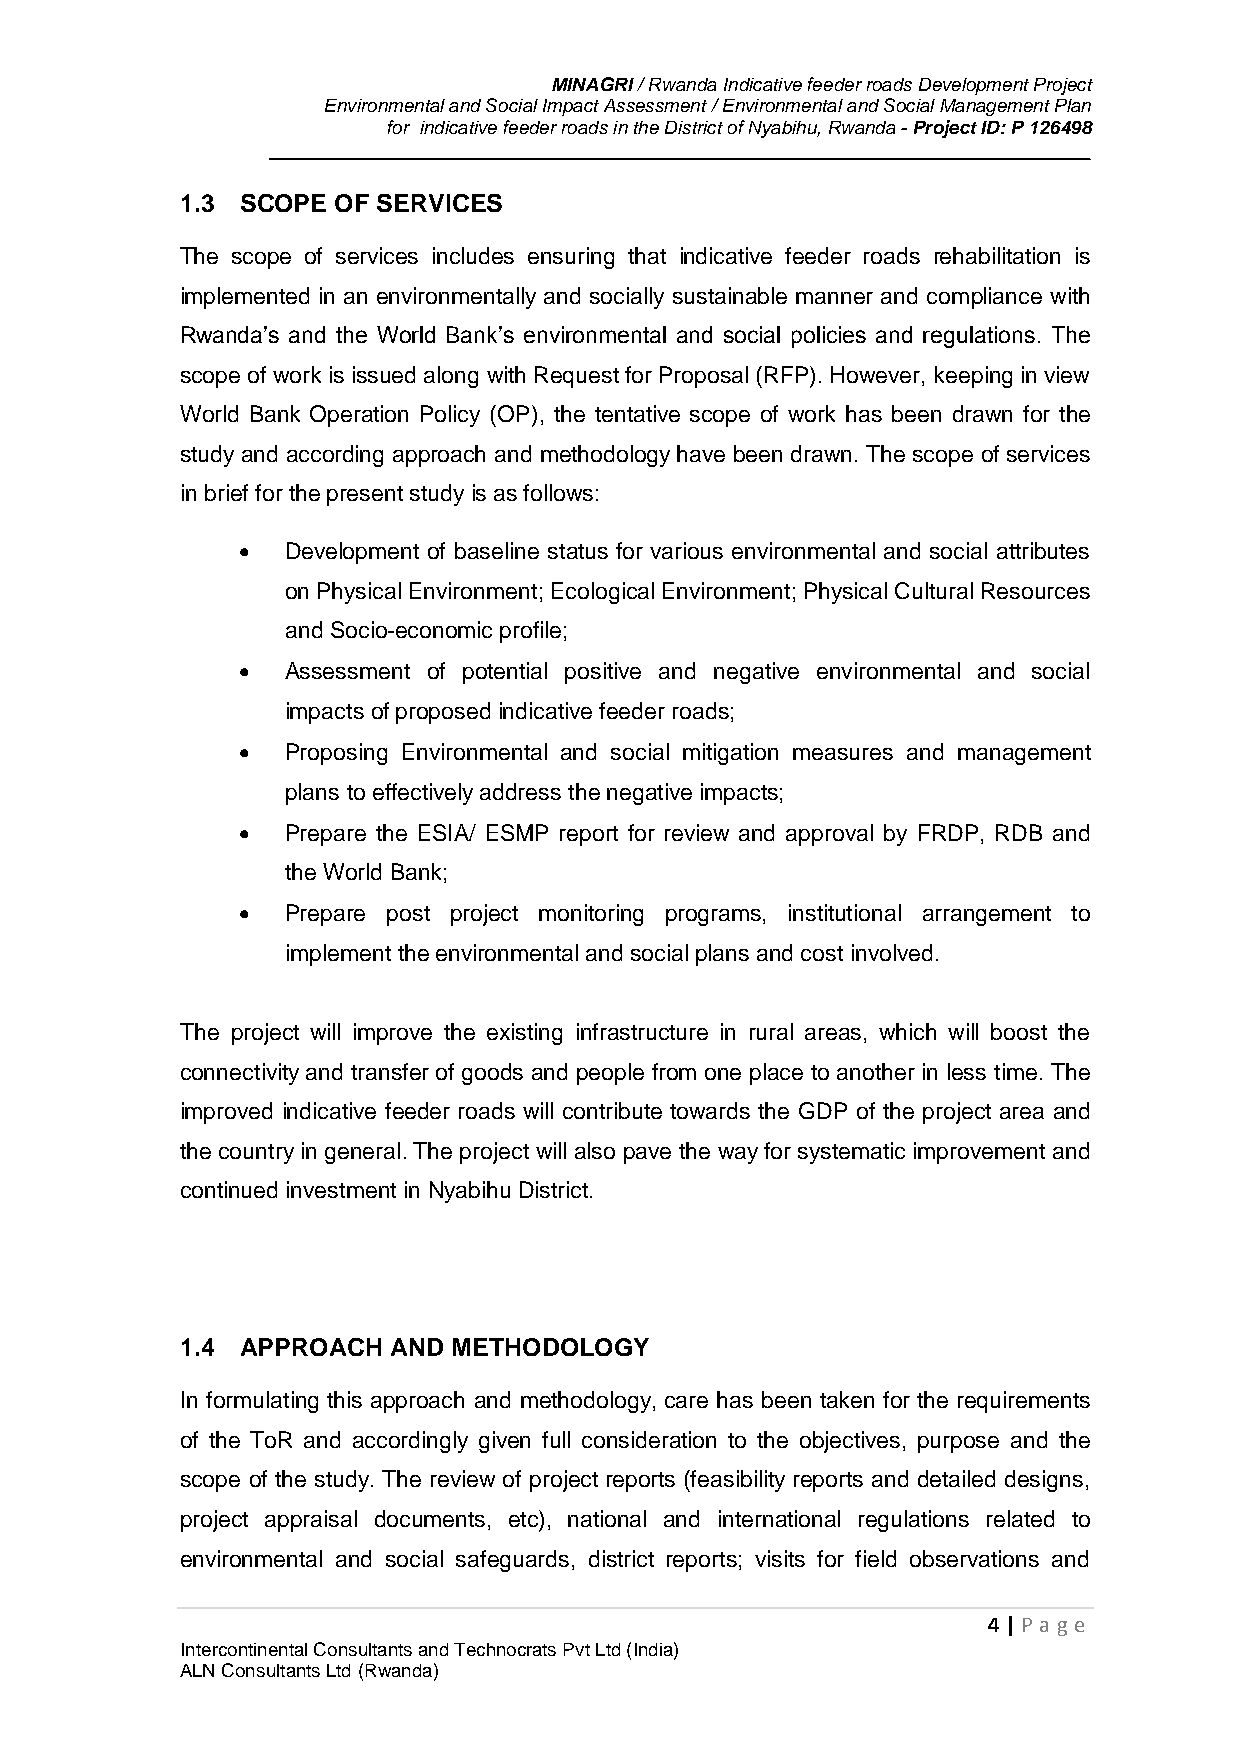
MINAGRI / Rwanda Indicative feeder roads Development Project
 Environmental and Social Impact Assessment / Environmental and Social Management Plan
 for indicative feeder roads in the District of Nyabihu, Rwanda - Project ID: P 126498
 1.3 SCOPE OF SERVICES
 The scope of services includes ensuring that indicative feeder roads rehabilitation is
 implemented in an environmentally and socially sustainable manner and compliance with
 Rwanda’s and the World Bank’s environmental and social policies and regulations. The
 scope of work is issued along with Request for Proposal (RFP). However, keeping in view
 World Bank Operation Policy (OP), the tentative scope of work has been drawn for the
 study and according approach and methodology have been drawn. The scope of services
 in brief for the present study is as follows:
   Development of baseline status for various environmental and social attributes
 on Physical Environment; Ecological Environment; Physical Cultural Resources
 and Socio-economic profile;
   Assessment of potential positive and negative environmental and social
 impacts of proposed indicative feeder roads;
   Proposing Environmental and social mitigation measures and management
 plans to effectively address the negative impacts;
   Prepare the ESIA/ ESMP report for review and approval by FRDP, RDB and
 the World Bank;
   Prepare post project monitoring programs, institutional arrangement to
 implement the environmental and social plans and cost involved.
 The project will improve the existing infrastructure in rural areas, which will boost the
 connectivity and transfer of goods and people from one place to another in less time. The
 improved indicative feeder roads will contribute towards the GDP of the project area and
 the country in general. The project will also pave the way for systematic improvement and
 continued investment in Nyabihu District.
 1.4 APPROACH  AND METHODOLOGY
 In formulating this approach and methodology, care has been taken for the requirements
 of the ToR and accordingly given full consideration to the objectives, purpose and the
 scope of the study. The review of project reports (feasibility reports and detailed designs,
 project appraisal documents, etc), national and international regulations related to
 environmental and social safeguards, district reports; visits for field observations and
 4 | P age
 Intercontinental Consultants and Technocrats Pvt Ltd (India)
 ALN Consultants Ltd (Rwanda)